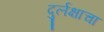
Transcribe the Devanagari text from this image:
दुर्लक्षाचा